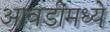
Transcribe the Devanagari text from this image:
आवडींमध्ये